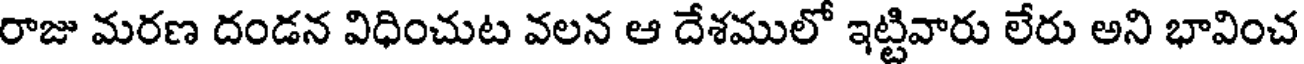
రాజు మరణ దండన విధించుట వలన ఆ దేశములో ఇట్టివారు లేరు అని భావించ